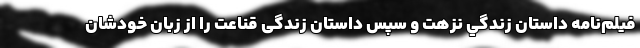
فيلم‌نامه داستان زندگي نزهت و سپس داستان زندگی قناعت را از زبان خودشان